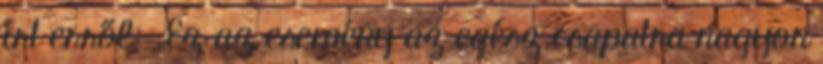
írt erről: „Ez az esemény az egész csapatra nagyon